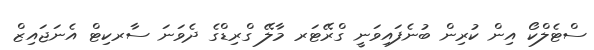
ސްޓެލްކޯ އިން ކުރިން ބުނެފައިވަނީ ގްރޭޓަރ މާލޭ ގްރިޑްގެ ދެވަނަ ސާރކިޓް އެނަޖައިޒް